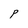
Character: P